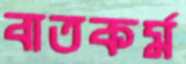
বাতকর্ম